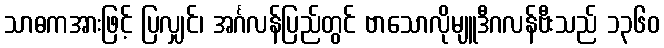
သာဓကအားဖြင့် ပြလျှင်၊ အင်္ဂလန်ပြည်တွင် ဗာသောလိုမျူဒီဂလန်ဗီးသည် ၁၃၆၀